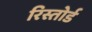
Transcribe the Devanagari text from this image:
रिस्तोर्ड